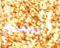
السم